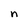
Character: n